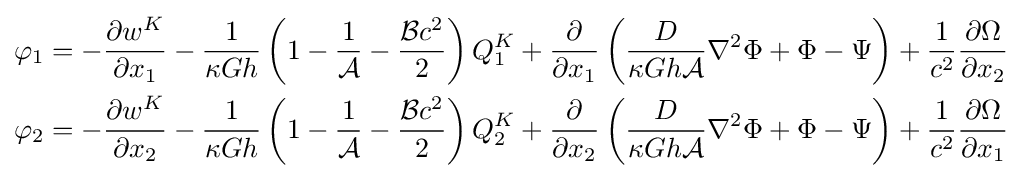
{\begin{aligned}\varphi _{1}=-{\frac {\partial w^{K}}{\partial x_{1}}}-{\frac {1}{\kappa Gh}}\left(1-{\frac {1}{\mathcal {A}}}-{\frac {{\mathcal {B}}c^{2}}{2}}\right)Q_{1}^{K}+{\frac {\partial }{\partial x_{1}}}\left({\frac {D}{\kappa Gh{\mathcal {A}}}}\nabla ^{2}\Phi +\Phi -\Psi \right)+{\frac {1}{c^{2}}}{\frac {\partial \Omega }{\partial x_{2}}}\\\varphi _{2}=-{\frac {\partial w^{K}}{\partial x_{2}}}-{\frac {1}{\kappa Gh}}\left(1-{\frac {1}{\mathcal {A}}}-{\frac {{\mathcal {B}}c^{2}}{2}}\right)Q_{2}^{K}+{\frac {\partial }{\partial x_{2}}}\left({\frac {D}{\kappa Gh{\mathcal {A}}}}\nabla ^{2}\Phi +\Phi -\Psi \right)+{\frac {1}{c^{2}}}{\frac {\partial \Omega }{\partial x_{1}}}\end{aligned}}